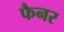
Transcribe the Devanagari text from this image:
फैनर